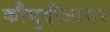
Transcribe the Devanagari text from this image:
कौमुदीजागर